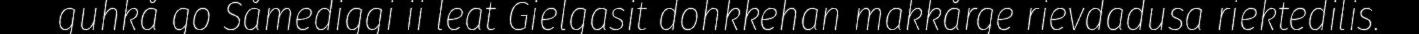
guhkå go Såmediggi ii leat Gielgasit dohkkehan makkårge rievdadusa riektedilis.